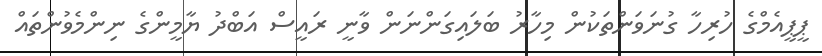
ޕީޕީއެމްގެ ހުރިހާ ގުނަވަންތަކުން މިހާރު ބަލައިގަންނަން ވާނީ ރައީސް އަބްދު ޔާމީންގެ ނިންމެވުންތައް